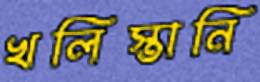
খলিস্তানি